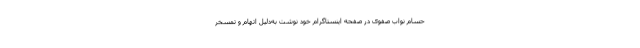
حسام نواب صفوی در صفحهٔ اینستاگرام خود نوشت به‌دلیل اتهام و تمسخر